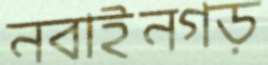
নবাইনগড়